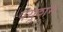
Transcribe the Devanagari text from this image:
पयूशन